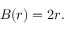
B ( r ) = 2 r .